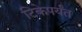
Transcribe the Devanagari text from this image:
टिकेपर्यंत